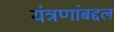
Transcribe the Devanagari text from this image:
यंत्रणांबद्दल